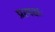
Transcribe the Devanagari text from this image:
प्रत्यक्षः